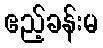
ဧည့်ခန်းမ